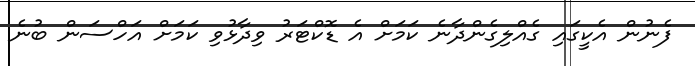
ފެނުން އެކީގައި ގެއްލިގެންދާނެ ކަމަށް އެ ޑޮކްޓަރު ވިދާޅުވި ކަމަށް އަހްސަން ބުނެ